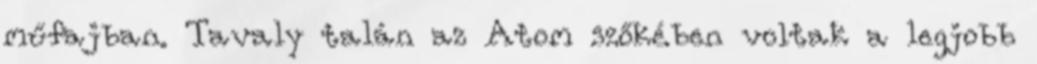
műfajban. Tavaly talán az Atom szőkében voltak a legjobb